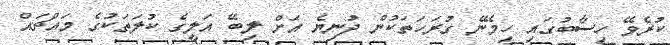
ކުރެވޭ ހިސާބުގައި ހިމެނޭ ގުރަހަތަކުން ދުނިޔެ އަށް ލިބޭ އަލީގެ ކުލަތަކުގެ މައްޗައް